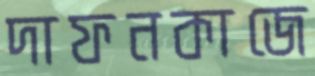
দাফনকাজে